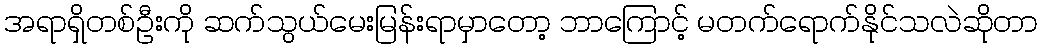
အရာရှိတစ်ဦးကို ဆက်သွယ်မေးမြန်းရာမှာတော့ ဘာကြောင့် မတက်ရောက်နိုင်သလဲဆိုတာ